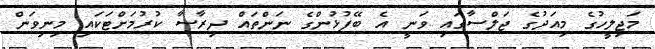
މަޖިލީހުގެ މިއަދުގެ ޖަލްސާގައި ވަނީ އެ ބޭފުޅުންގެ ނަންތައް ދިރާސާ ކުރުމަށްޓަކައި މިނިވަން